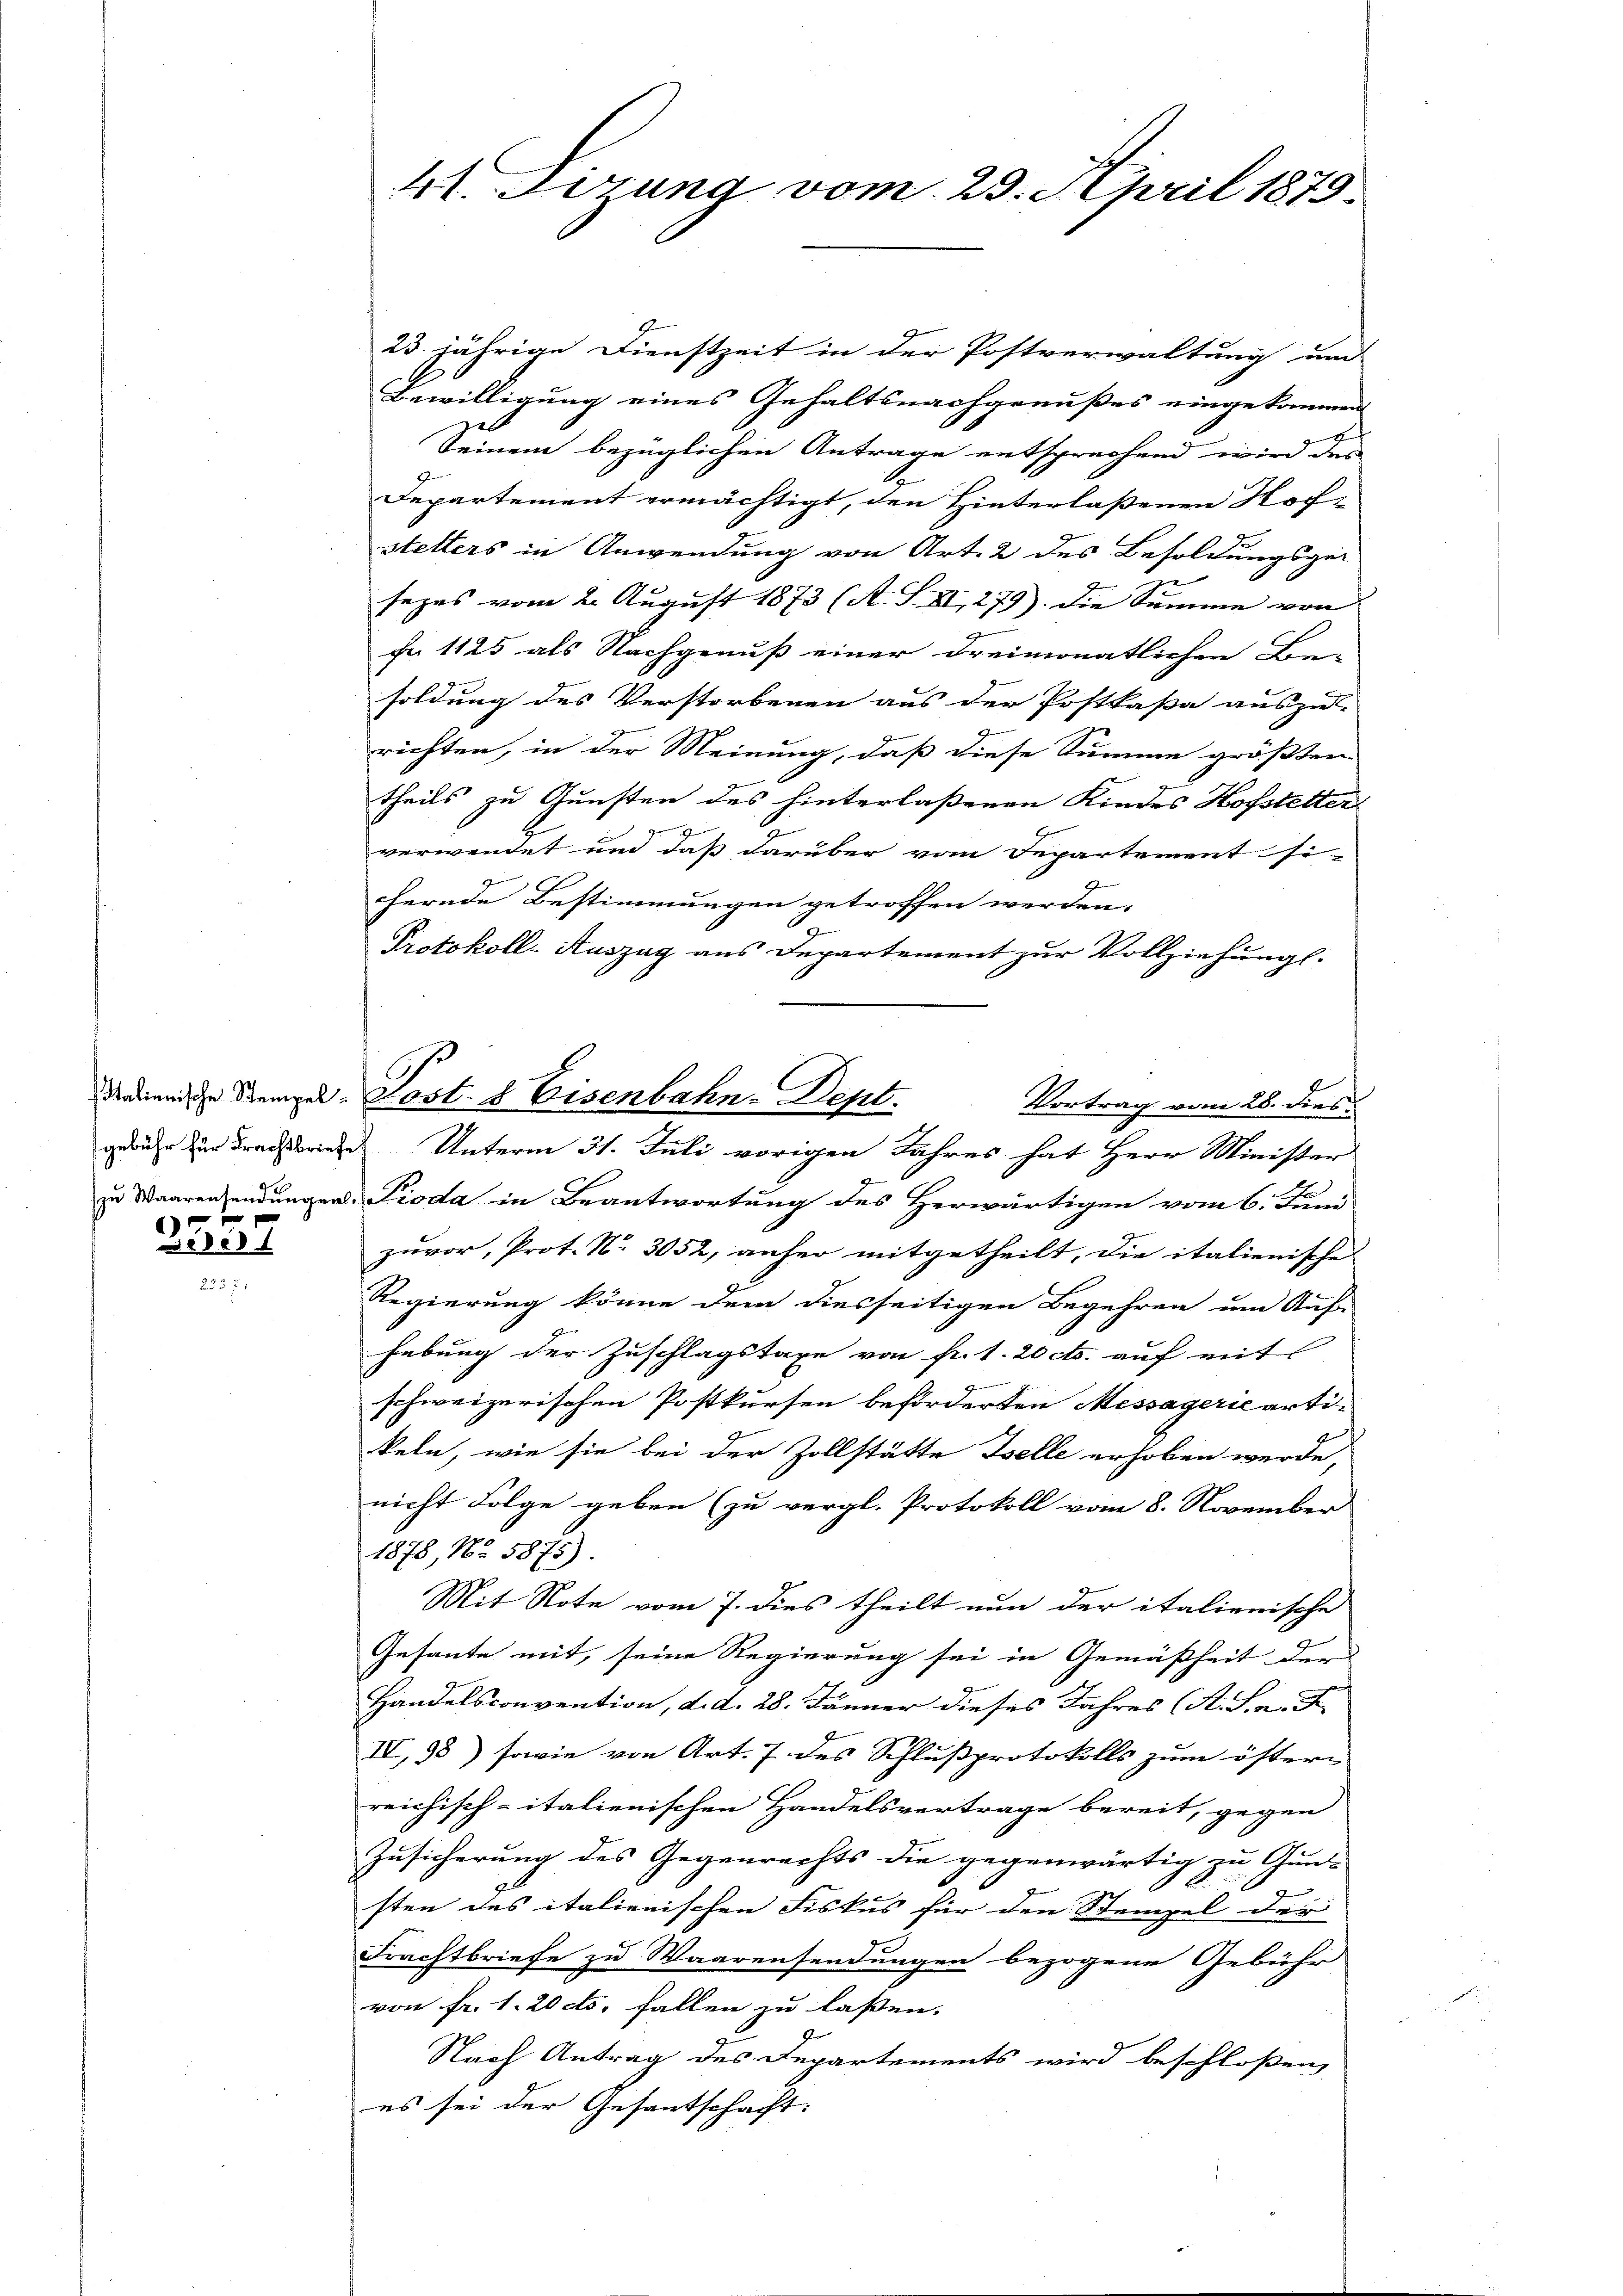
5

2357

23 jährige Dienstzeit in der Postverwaltung und
Bewilligung eines Gehaltsnachgenußes eingekommen
.
Seinem bezüglichen Antrage entsprechend wird das
Departement ermächtigt, den Hinterlassenen Hoch-
stetters in Anwendung von Art. 2 des Besoldungsge-
sezes vom 2. August 1873 (A. S. XI, 279). Die Summe von
fr 1125 als Nachgenuß einer dreimonatlichen Be-
soldung des Verstorbenen aus der Postkassa auszu- |
9
richten, in der Meinung, daß diese Summe größten
theils zu Gunsten des hinterlaßenen Kindes Hofstetter
ge
verwendet und daß darüber vom Departement si-
chernde Bestimmungen getroffen werden.
1
Protokoll-Auszug aus Departement zur Vollziehung.
Vortrag vom 28. dies
gebühr zum Frachtrie Unterm 31. Juli vorigen Jahres hat Herr Minister
zu Waarenzendungen Pioda in Beantwortung des Herwärtigen vom 6. Juni
zuvor, Prot. Nr. 3052, anher mitgetheilt, die italienische
Regierung könne dem diesseitigen Begehren um Auf
hebung der Zuschlagstaxe von fr. 1. 20 cts. auf mit
schweizerischen Postkursen beförderten Messagerie artikeln, wie sie bei der Zollstätte Iselle erhoben werde,
nicht Folge geben (zu vergl. Protokoll vom 8. November
1878, No. 5875).
Mit Note vom 7. dies theilt nun der italienische
Gesante mit, seine Regierung sei in Gemäßheit der
Handelsconvention, d. d. 28. Jänner dieses Jahres (A. S. 2. F
IV, 98) sowie von Art. 7 des Schlußprotokolls zum östern
reichisch-italienischen Handelsvertrage bereit, gegen
Zusicherung des Gegenrechts die gegenwärtig zu Guns
sten des italienischen Fiskus für den Stempel der
Frachtbriefe zu Waarensendungen bezogene Gebühr
von fr. 1. 20 ds. fallen zu lassen. |
Nach Antrag des Departements wird beschloßen,
es sei der Gesantschacht:

41. Firung vom 23. April 1875.

C
derienische Stempel-Post- & Eisenbahn-Dept.